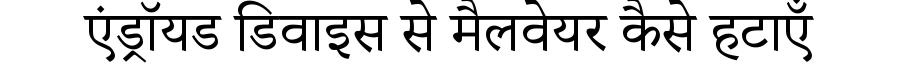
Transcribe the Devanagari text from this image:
एंड्रॉयड डिवाइस से मैलवेयर कैसे हटाएँ